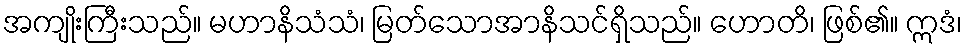
အကျိုးကြီးသည်။ မဟာနိသံသံ၊ မြတ်သောအာနိသင်ရှိသည်။ ဟောတိ၊ ဖြစ်၏။ ဣဒံ၊